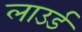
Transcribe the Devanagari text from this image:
लाउर्ड